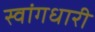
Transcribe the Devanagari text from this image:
स्वांगधारी